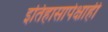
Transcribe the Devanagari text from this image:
इतिहासापेक्षाही